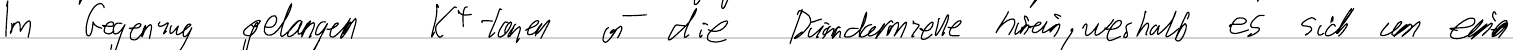
Im Gegenzug gelangen K+-Ionen in die Dünndarmzelle hinein, weshalb es sich um einen